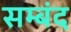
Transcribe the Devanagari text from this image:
सम्बंद